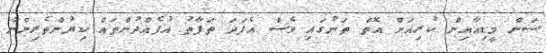
ސަން މީޑިއާއިން ކުރިއަށް އޮތް ތަނުގައި ވެސް އެފަދަ ތަފާތު އުފެއްދުންތައް ކިޔުންތެރިންނާ